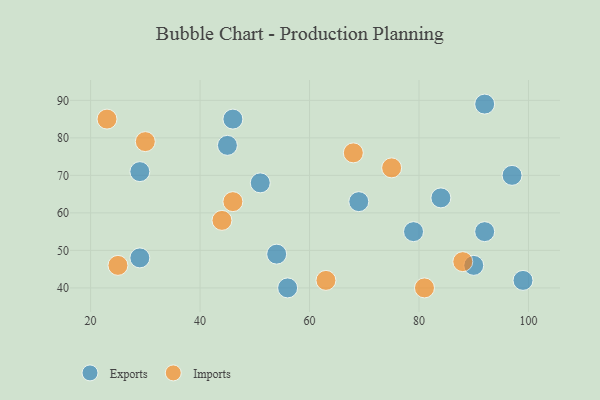
{"axis": {"x": "GDP", "y": "Life Expectancy"}, "legend": ["Exports", "Imports"], "data": [{"x": "54", "y": 49, "type": "Exports"}, {"x": "84", "y": 64, "type": "Exports"}, {"x": "97", "y": 70, "type": "Exports"}, {"x": "92", "y": 89, "type": "Exports"}, {"x": "56", "y": 40, "type": "Exports"}, {"x": "92", "y": 55, "type": "Exports"}, {"x": "29", "y": 71, "type": "Exports"}, {"x": "51", "y": 68, "type": "Exports"}, {"x": "90", "y": 46, "type": "Exports"}, {"x": "29", "y": 48, "type": "Exports"}, {"x": "46", "y": 85, "type": "Exports"}, {"x": "45", "y": 78, "type": "Exports"}, {"x": "69", "y": 63, "type": "Exports"}, {"x": "79", "y": 55, "type": "Exports"}, {"x": "99", "y": 42, "type": "Exports"}, {"x": "44", "y": 58, "type": "Imports"}, {"x": "81", "y": 40, "type": "Imports"}, {"x": "25", "y": 46, "type": "Imports"}, {"x": "23", "y": 85, "type": "Imports"}, {"x": "30", "y": 79, "type": "Imports"}, {"x": "63", "y": 42, "type": "Imports"}, {"x": "46", "y": 63, "type": "Imports"}, {"x": "88", "y": 47, "type": "Imports"}, {"x": "68", "y": 76, "type": "Imports"}, {"x": "75", "y": 72, "type": "Imports"}]}